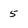
Character: 5